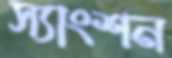
স্যাংশন